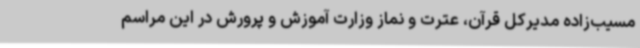
مسیب‌زاده مدیرکل قرآن، عترت و نماز وزارت آموزش و پرورش در این مراسم